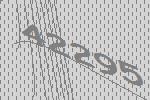
42295